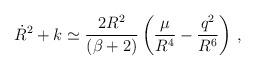
LaTeX: \begin{align*}\dot{R}^2+k \simeq \frac{2 R^2}{(\beta+2)}\left(\frac{\mu}{R^4}-\frac{q^2}{R^6}\right)\,,\end{align*}